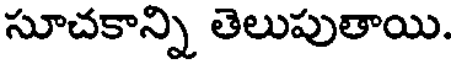
సూచకాన్ని తెలుపుతాయి.